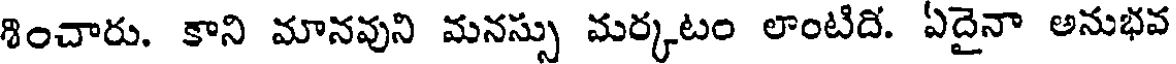
శించారు. కాని మానవుని మనస్సు మర్కటం లాంటిది. ఏదైనా అనుభవ